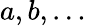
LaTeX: a,b,\ldots